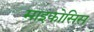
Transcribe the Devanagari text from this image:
माइकोसिस